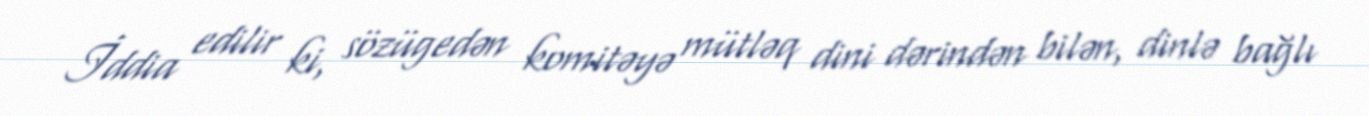
İddia edilir ki, sözügedən komitəyə mütləq dini dərindən bilən, dinlə bağlı